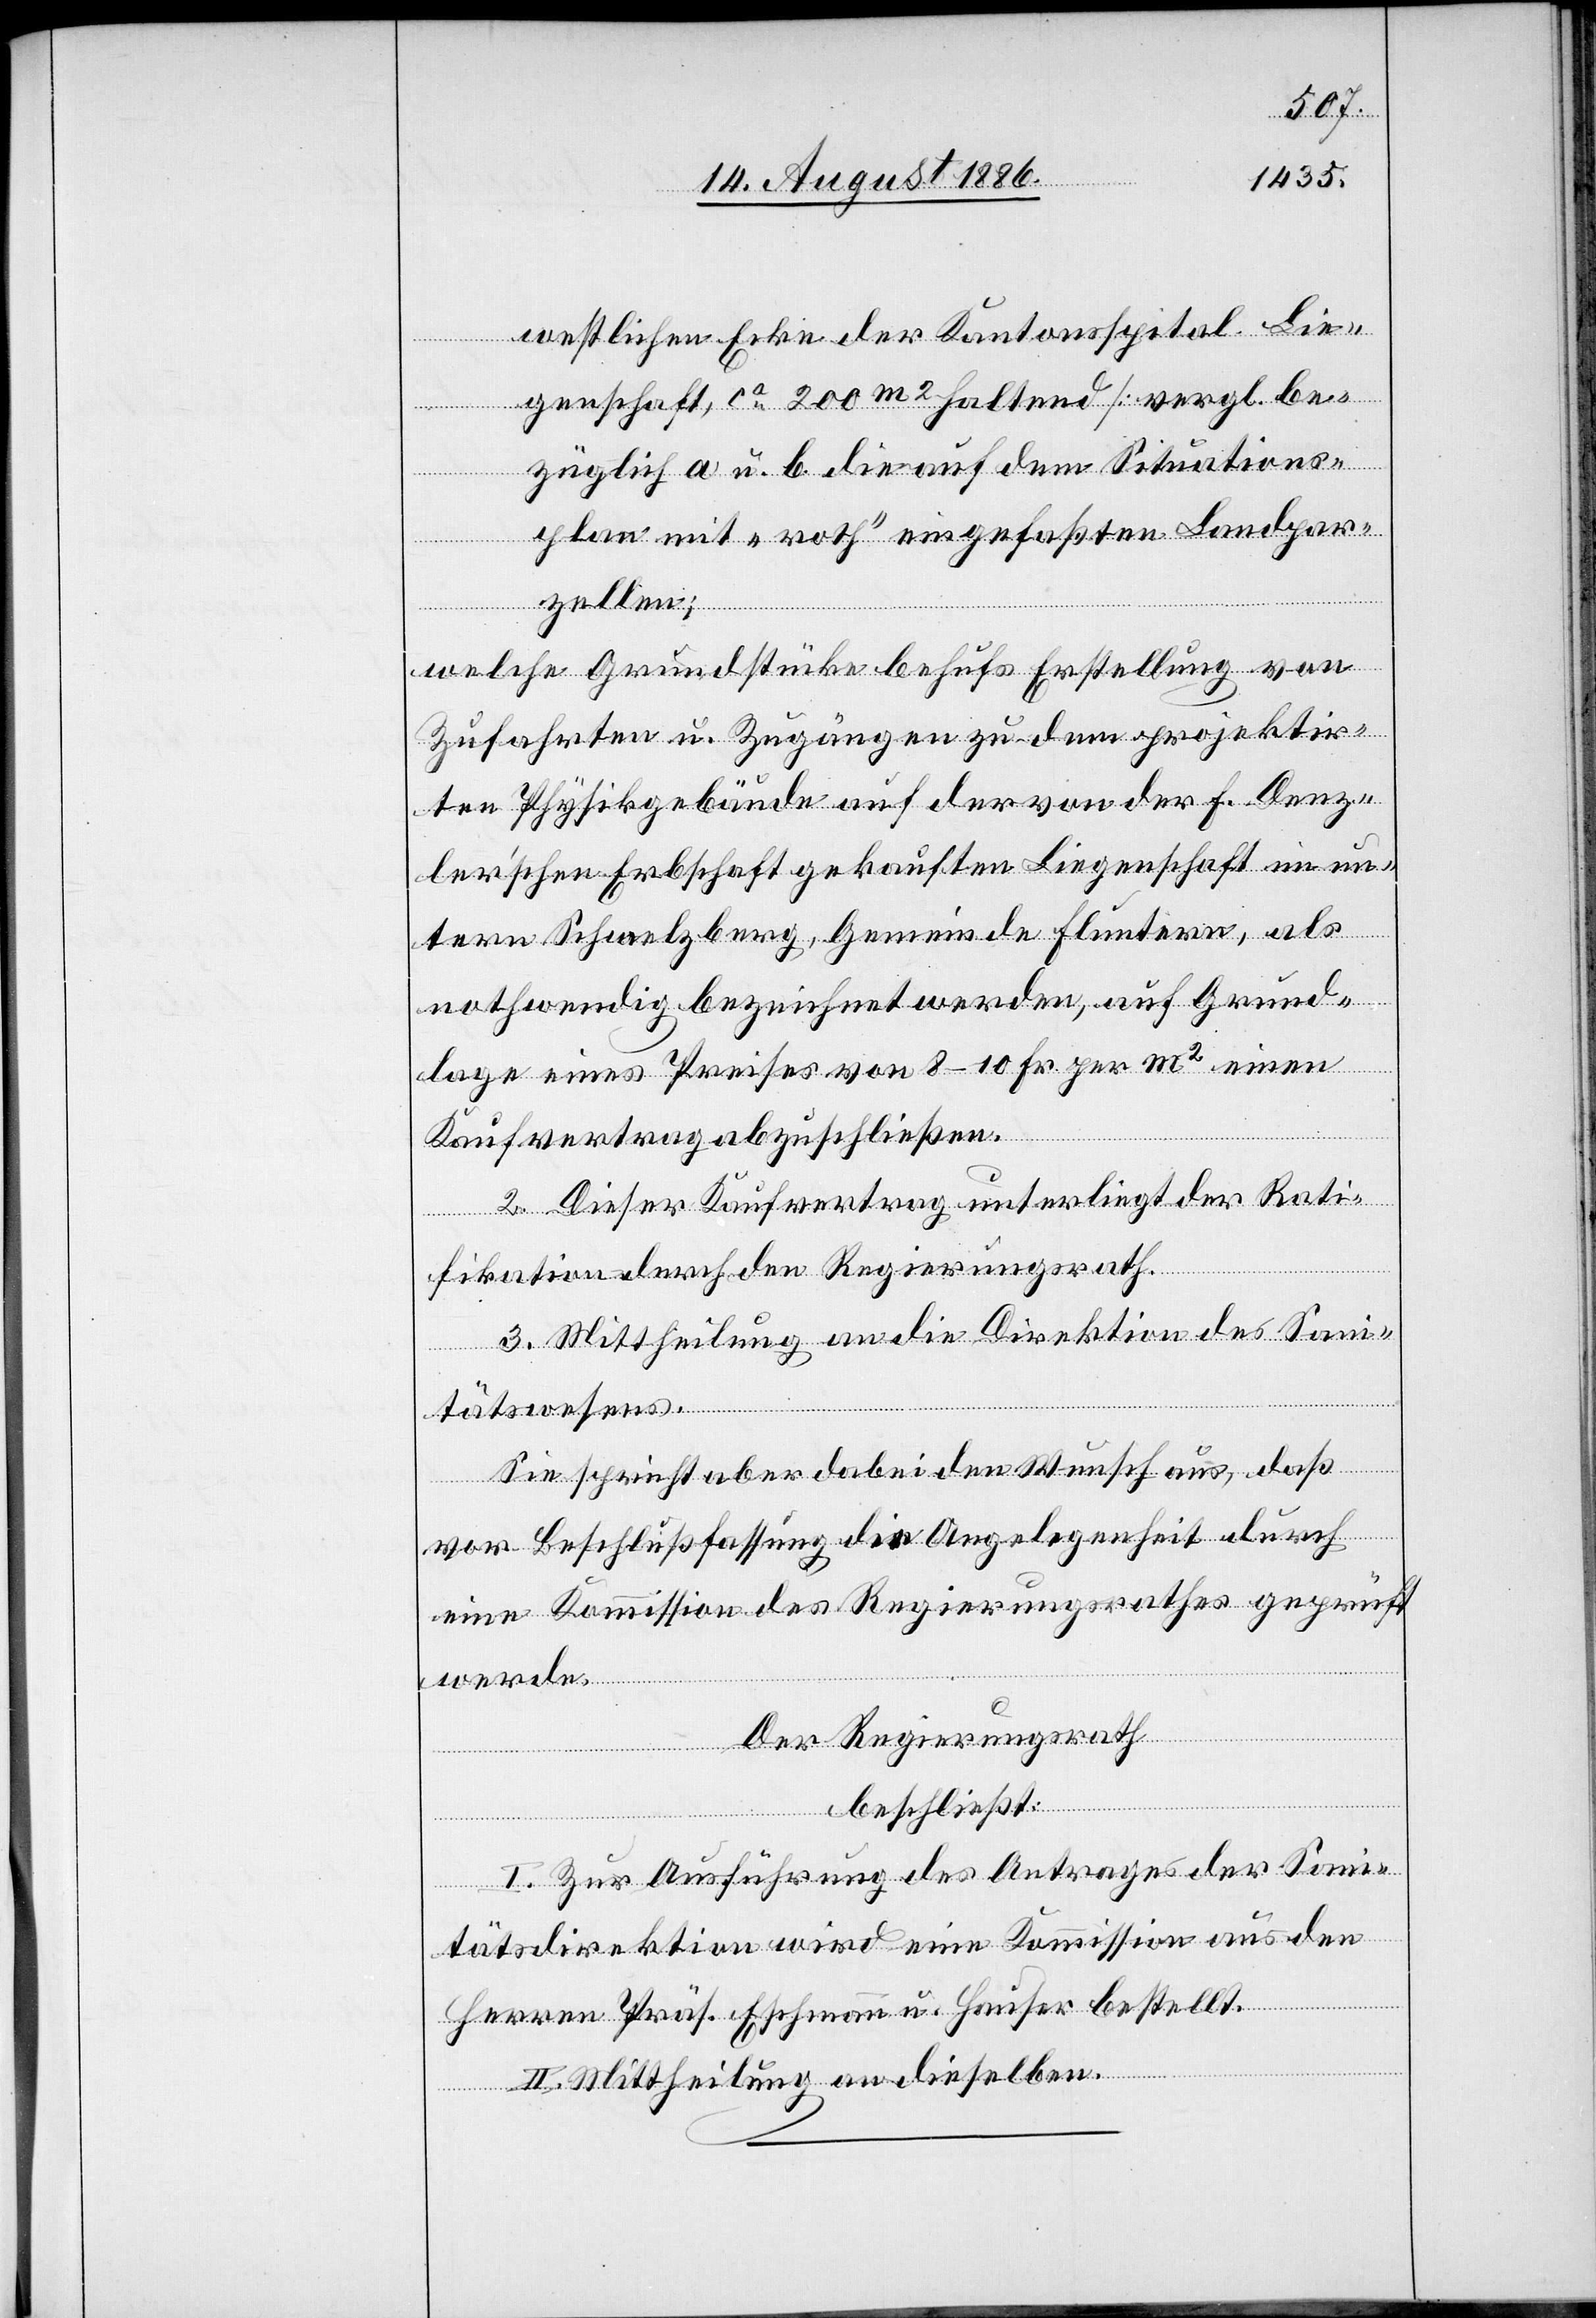
westlichen Ecke der Kantonsspital-Lie¬
genschaft, ca 200m2 haltend [vergl. be¬
züglich a u. b die auf dem Situations¬
plan mit „roth“ eingefaßten Landpar¬
[si¬
zellen];
welche Grundstücke behufs Erstellung von
Zufahrten u. Zugängen zu dem projektir¬
ten Physikgebäude auf der von der F. Denz¬
lerʼschen Erbschaft gekauften Liegenschaft im un¬
tern Schmelzberg, Gemeinde Fluntern, als
nothwendig bezeichnet werden, auf Grund¬
lage eines Preises von 8–10 Fr. per m2 einen
Kaufvertrag abzuschließen.
c!] Dieser Kaufvertrag unterliegt der Rati¬
fikation durch den Regierungsrath.
3. Mittheilung an die Direktion des Sani¬
tätswesens.
Sie spricht dabei aber den Wunsch aus, daß
werde.
vor Beschlußfassung die Angelegenheit durch
eine Kommission des Regierungsrathes geprüfte
Der Regierungsrath
beschließt:
I. Zur Ausführung des Antrages der Sani¬
tätsdirektion wird eine Kommission aus den
Herren Präs. Eschmann u. Hauser bestellt.
II. Mittheilung an dieselben.